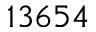
1 3 6 5 4